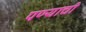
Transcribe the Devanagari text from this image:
पण्याची